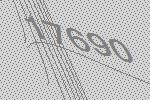
17690